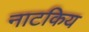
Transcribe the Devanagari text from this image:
नाटकिय